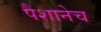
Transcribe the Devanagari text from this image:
पैशानेच